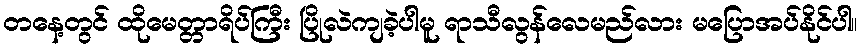
တနေ့တွင် ထိုမေတ္တာရိပ်ကြီး ပြိုလဲကျခဲ့ပါမူ ရာသီလွန်လေမည်လား မပြောအပ်နိုင်ပါ။